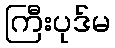
ကြီးပုဒ်မ